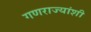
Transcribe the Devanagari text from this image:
गणराज्यांशी